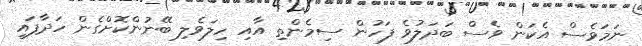
ނަމަވެސް އެކަން ވެސް ބަދަލުވެ ފަހުން ސިމެންތި އާއި ހިލަވެލި ބޭނުންކޮށްގެން ހަދާފައި